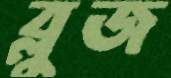
ব্লুজ